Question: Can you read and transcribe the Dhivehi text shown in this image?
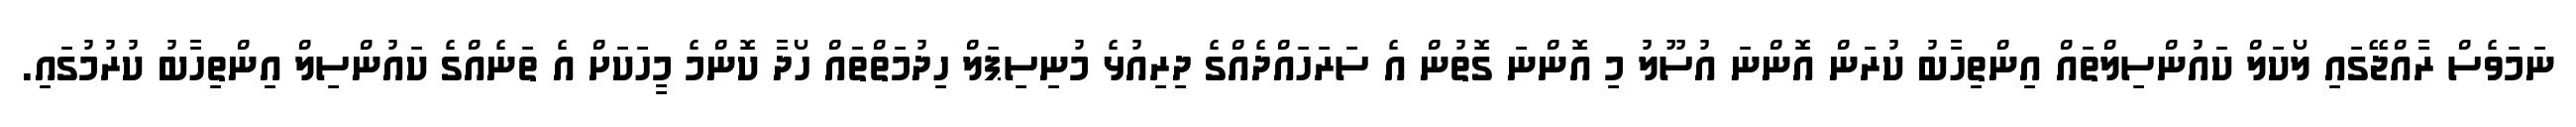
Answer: ނަމަވެސް ރާއްޖޭގައި ލޯކަލް ކައުންސިލްތައް އިންތިހާބު ކުރަން އޮންނަ އުސޫލު މި އޮންނަ ގޮތުން އެ ސަރަހައްދެއްގެ ދިރިއުޅެ މުނިސިޕަލް ހިދުމަތްތައް ހޯދާ ކޮންމެ މީހަކަށް އެ ތަނެއްގެ ކައުންސިލް އިންތިހާބު ކުރުމުގައި.